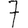
Digit: 7